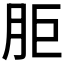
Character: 𰮒